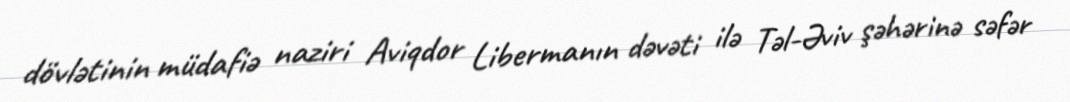
dövlətinin müdafiə naziri Aviqdor Libermanın dəvəti ilə Təl-Əviv şəhərinə səfər